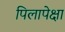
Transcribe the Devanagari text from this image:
पिलापेक्षा